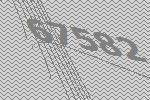
67582